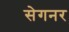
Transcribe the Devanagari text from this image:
सेगनर